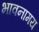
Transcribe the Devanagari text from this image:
भावनामय